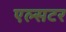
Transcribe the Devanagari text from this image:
एल्सटर